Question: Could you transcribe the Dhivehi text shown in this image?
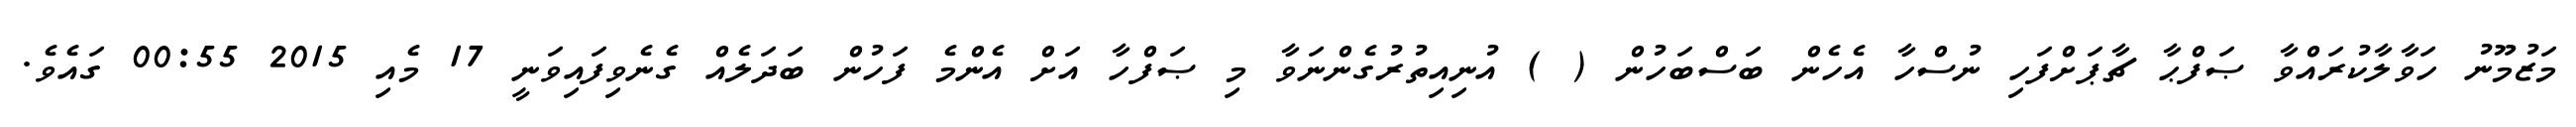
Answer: މަޒުމޫނު ހަވާލާކުރައްވާ ޞަފްޙާ ޗާޕަށްފަހި ނުސްހާ އެހެން ބަސްބަހުން ( ) އުނިއިތުރުގެންނަވާ މި ޞަފްހާ އަށް އެންމެ ފަހުން ބަދަލެއް ގެނެވިފައިވަނީ 17 މެއި 2015 00:55 ގައެވެ.